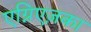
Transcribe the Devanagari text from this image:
एग्निएज़का